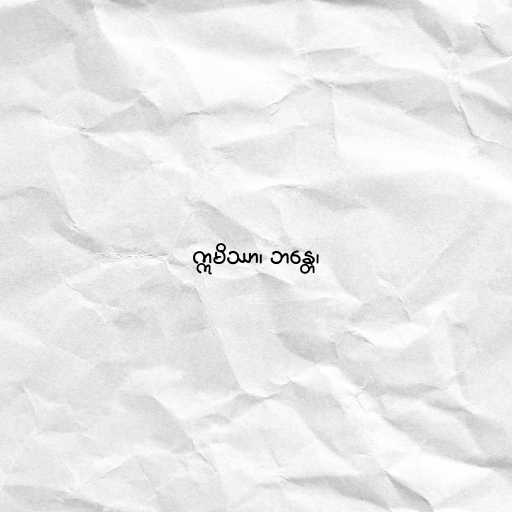
ဣမိဿာ၊ ဘန္တေ၊